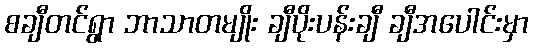
စချီတင်ရွာ ဘာသာတမျိုး ချီပိုးပန်းချီ ချီအပေါင်းမှာ